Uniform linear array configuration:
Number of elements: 8
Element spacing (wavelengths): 0.25
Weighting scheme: exponential
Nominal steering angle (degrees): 45
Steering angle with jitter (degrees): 43.743
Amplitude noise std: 0.05
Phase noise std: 0.05

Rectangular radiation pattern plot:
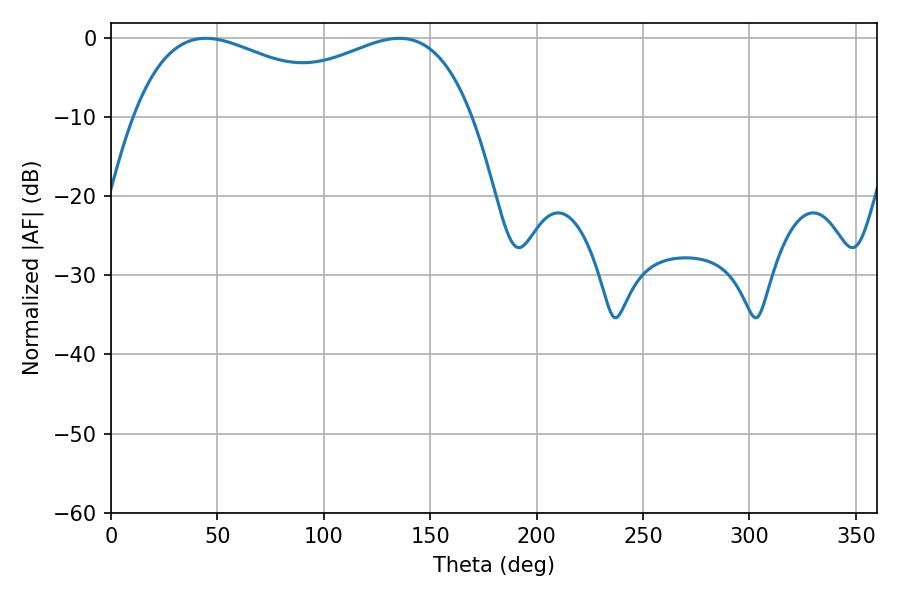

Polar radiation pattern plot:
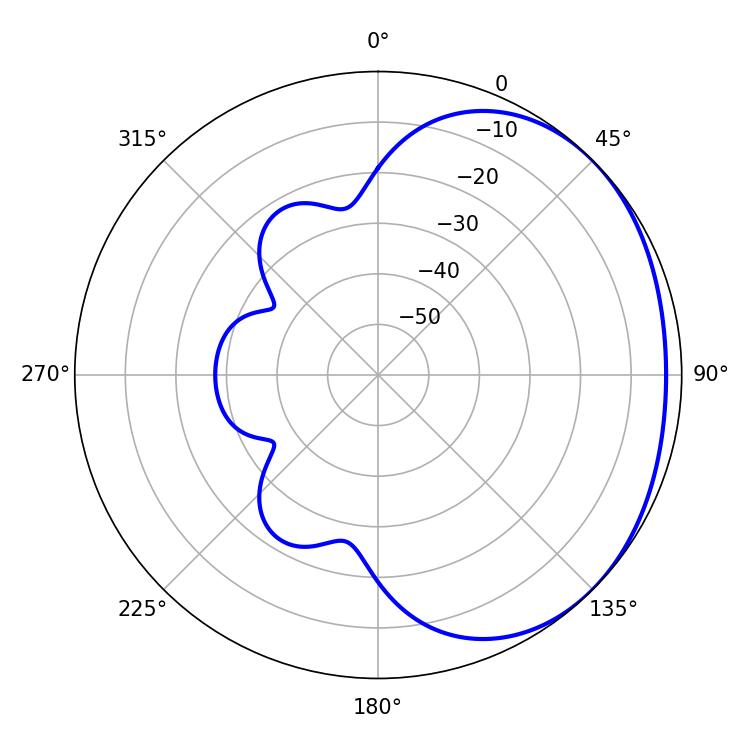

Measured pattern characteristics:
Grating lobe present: FALSE
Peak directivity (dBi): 1.642
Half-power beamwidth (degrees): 61.2
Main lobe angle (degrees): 44.46